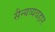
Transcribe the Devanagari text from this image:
सैन्यव्यवहार